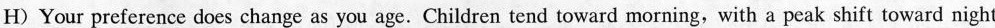
H) Your preference does change as you age. Children tend toward morning, with a peak shift toward night